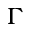
\Gamma